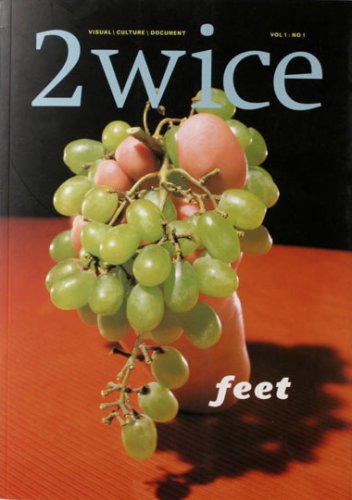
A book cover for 2wice: FEET; 2wice Arts Foundation; Humor & Entertainment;